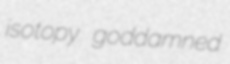
isotopy goddamned